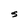
Character: S